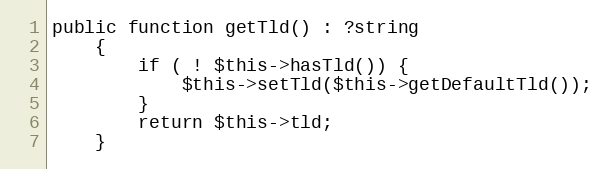
Language: PHP
public function getTld() : ?string
    {
        if ( ! $this->hasTld()) {
            $this->setTld($this->getDefaultTld());
        }
        return $this->tld;
    }